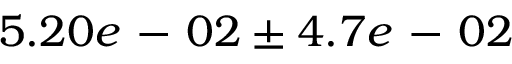
5 . 2 0 e \mathrm { ~ - ~ } 0 2 \pm 4 . 7 e \mathrm { ~ - ~ } 0 2